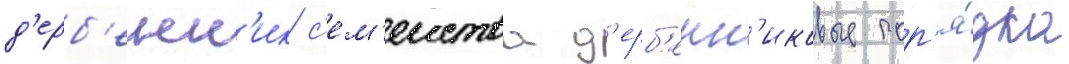
д'ерб'енн'ик с'ем'еиства д'ерб'енн'иковые пор'я́дка